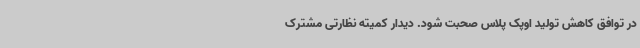
در توافق کاهش تولید اوپک پلاس صحبت شود. دیدار کمیته نظارتی مشترک